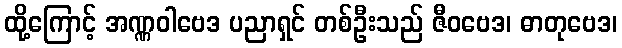
ထို့ကြောင့် အဏ္ဏဝါဗေဒ ပညာရှင် တစ်ဦးသည် ဇီဝဗေဒ၊ ဓာတုဗေဒ၊